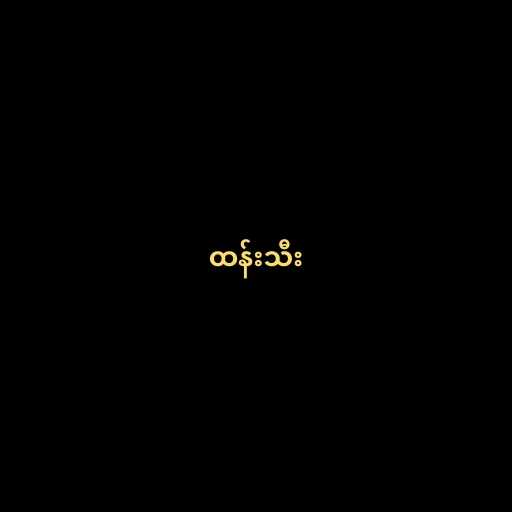
ထန်းသီး